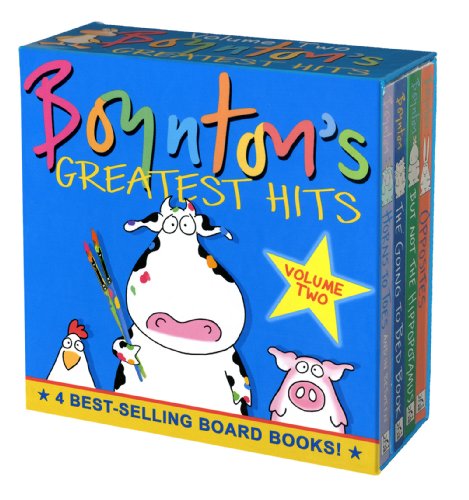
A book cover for Boynton's Greatest Hits: Volume II (The Going to Bed Book, Horns to Toes, Opposites, But Not the Hippopotamus); Sandra Boynton; Children's Books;